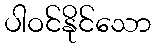
ပါဝင်နိုင်သော